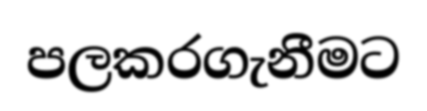
පලකරගැනීමට